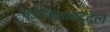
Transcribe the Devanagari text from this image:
गाडगिळांबद्दल